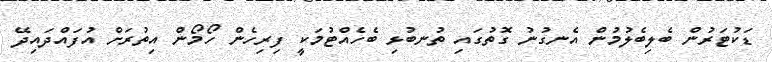
ޑަކުޓަރުން ބެލިބެލުމުން އެނގުނު ގޮތުގައި ތުނބުޅި ބެހެއްޓުމަކީ ފިރިހެން ހޯމޯން އިތުރަށް އުފައްދައިދޭ